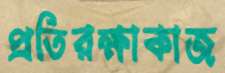
প্রতিরক্ষাকাজ